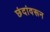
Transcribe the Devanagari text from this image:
छंदांवरून